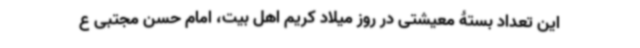
این تعداد بستۀ معیشتی در روز میلاد کریم اهل بیت، امام حسن مجتبی ع